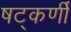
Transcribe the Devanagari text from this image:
षट्‌कर्णीं